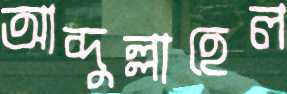
আব্দুল্লাহেল